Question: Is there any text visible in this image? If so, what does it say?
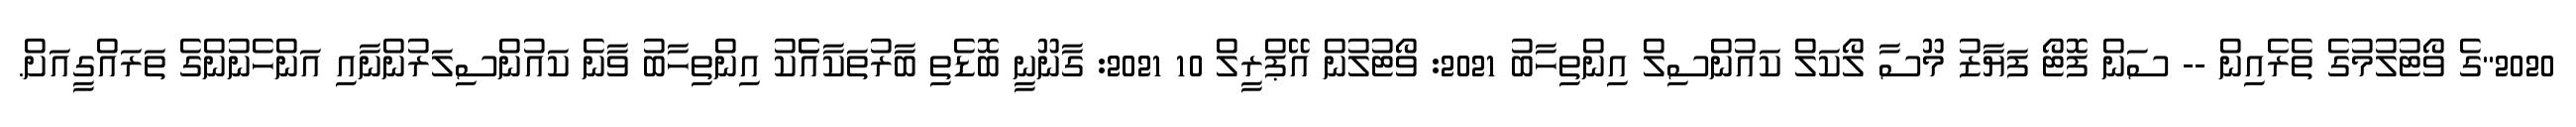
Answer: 2020"ގެ ވޯޓުލުމުގެ ތެރެއިން -- ސަން ފޮޓޯ ފަޔާޒު މޫސާ ލޯކަލް ކައުންސިލް އިންތިހާބު 2021: ވޯޓުލުން އޭޕްރީލް 10 2021: ގާނޫނީ ބޮޑެތި ބާރުތަކާއެެކު އިންތިހާބު ވާނެ ކައުންސިލަރުންނާއި އަންހެނުންގެ ތަރައްގީއަށް.